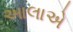
આલાએ